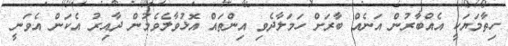
ހިތާމަޔަކީ އެއްބާރުން އަނެއް ބާރަށް ހަމަލާދެވި އިންތައް އޮޅުވާލެވެމުން ދާއިރު އެކަން އެވަނީ